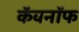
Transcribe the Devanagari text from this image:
कॅवनॉफ